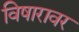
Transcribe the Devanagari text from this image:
विषारावर